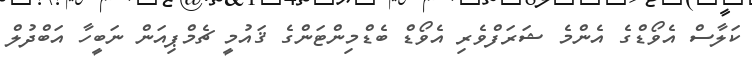
ކަލާސް އެވޯޑްގެ އެންމެ ޝަރަފްވެރި އެވޯޑް ބެޑްމިންޓަންގެ ޤައުމީ ޗެމްޕިއަން ނަބީހާ އަބްދުލް